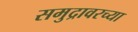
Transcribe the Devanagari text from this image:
समुद्रावरच्या